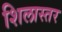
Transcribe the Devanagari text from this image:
शिलास्तर